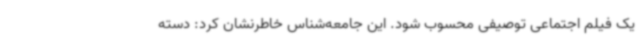
یک فیلم اجتماعی توصیفی محسوب شود. این جامعه‌شناس خاطرنشان کرد: دسته